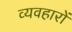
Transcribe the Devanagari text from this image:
व्यवहाराें